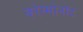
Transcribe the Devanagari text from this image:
कोस्मोनॉट